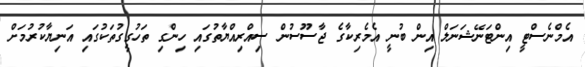
އެމްނެސްޓީ އިންޓަނޭޝަނަލް އިން ބުނީ އެމެރިކާގެ ޖާސޫސުން ސިއްރިއްޔާތުގައި ހިންގި ތަހުގީގުތަކުގައި އަނިޔާކުރުމަށް